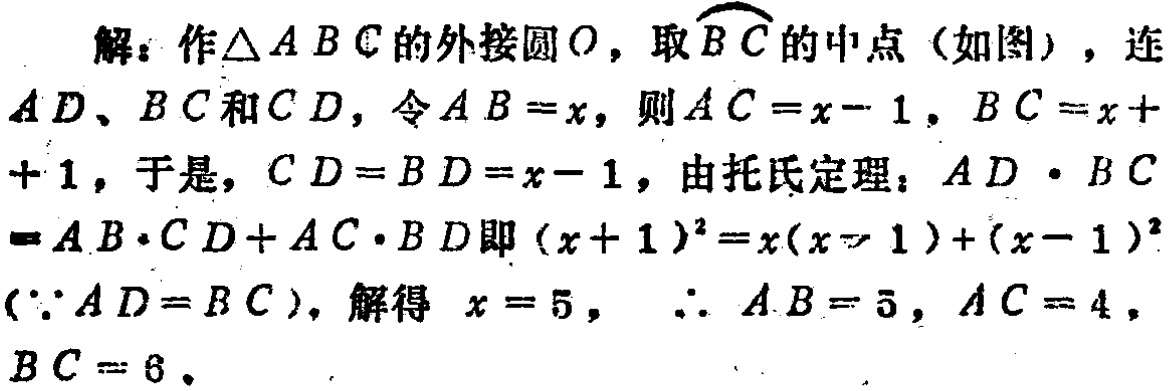
解：作\(\triangle ABC\)的外接圆\(O\)，取\(\overset{\frown}{BC}\)的中点（如图），连\(AD\)、\(BC\)和\(CD\)，令\(AB = x\)，则\(AC = x - 1\)，\(BC = x + 1\)，于是，\(CD = BD = x - 1\)，由托氏定理：\(AD\cdot BC=AB\cdot CD + AC\cdot BD\)即\((x + 1)^2 = x(x - 1)+(x - 1)^2\)（\(\because AD = BC\)），解得 \(x = 5\)，\(\therefore AB = 5\)，\(AC = 4\)，\(BC = 6\)。